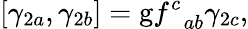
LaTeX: \left[\gamma_{2a},\gamma_{2b}\right]=\mathrm{g}f_{\; \; ab}^{c}\gamma_{2c},